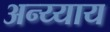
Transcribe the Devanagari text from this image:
अन्य्याय